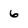
Character: 6